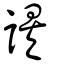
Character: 誒